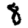
Digit: 8